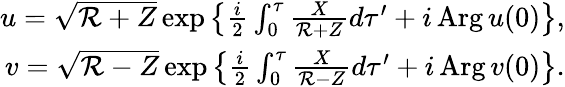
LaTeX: \begin{array}{r}{u=\sqrt{\mathcal R+Z}\exp\left\{ \frac{i}{2}\int_{0}^{\tau}\frac{X}{\mathcal R+Z}d\tau^{\prime}+i\, \mathrm{Arg}\, u(0)\right\} ,}\\ {v=\sqrt{\mathcal R-Z}\exp\left\{ \frac{i}{2}\int_{0}^{\tau}\frac{X}{\mathcal R-Z}d\tau^{\prime}+i\, \mathrm{Arg}\, v(0)\right\} .}\end{array}